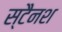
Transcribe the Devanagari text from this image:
स्टैनश